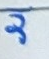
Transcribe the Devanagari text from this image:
ऱ